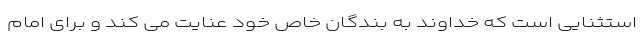
استثنایی است که خداوند به بندگان خاص خود عنایت می کند و برای امام